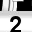
Digit: 2